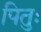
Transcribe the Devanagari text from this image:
पितुः